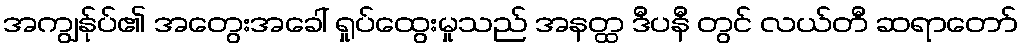
အကျွန်ုပ်၏ အတွေးအခေါ် ရှုပ်ထွေးမှုသည် အနတ္ထ ဒီပနီ တွင် လယ်တီ ဆရာတော်